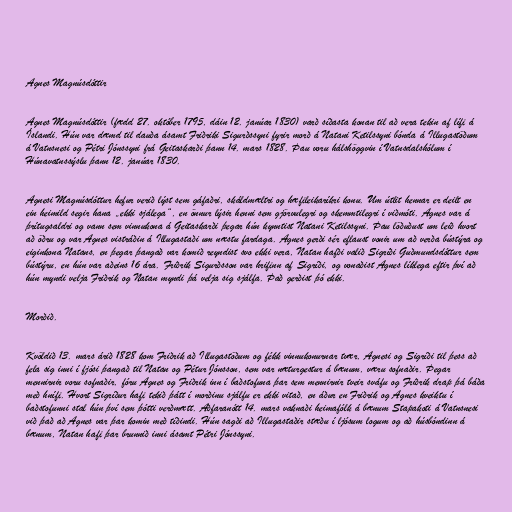
Agnes Magnúsdóttir

Agnes Magnúsdóttir (fædd 27. október 1795, dáin 12. janúar 1830) varð síðasta konan til að vera tekin af lífi á
Íslandi. Hún var dæmd til dauða ásamt Friðriki Sigurðssyni fyrir morð á Natani Ketilssyni bónda á Illugastöðum
á Vatnsnesi og Pétri Jónssyni frá Geitaskarði þann 14. mars 1828. Þau voru hálshöggvin í Vatnsdalshólum í
Húnavatnssýslu þann 12. janúar 1830.

Agnesi Magnúsdóttur hefur verið lýst sem gáfaðri, skáldmæltri og hæfileikaríkri konu. Um útlit hennar er deilt en
ein heimild segir hana „ekki sjálega“, en önnur lýsir henni sem gjörvulegri og skemmtilegri í viðmóti. Agnes var á
þrítugsaldri og vann sem vinnukona á Geitaskarði þegar hún kynntist Natani Ketilssyni. Þau löðuðust um leið hvort
að öðru og var Agnes vistráðin á Illugastaði um næstu fardaga. Agnes gerði sér eflaust vonir um að verða bústýra og
eiginkona Natans, en þegar þangað var komið reyndist svo ekki vera, Natan hafði valið Sigríði Guðmundsdóttur sem
bústýru, en hún var aðeins 16 ára. Friðrik Sigurðsson var hrifinn af Sigríði, og vonaðist Agnes líklega eftir því að
hún myndi velja Friðrik og Natan myndi þá velja sig sjálfa. Það gerðist þó ekki.

Morðið.

Kvöldið 13. mars árið 1828 kom Friðrik að Illugastöðum og fékk vinnukonurnar tvær, Agnesi og Sigríði til þess að
fela sig inni í fjósi þangað til Natan og Pétur Jónsson, sem var næturgestur á bænum, væru sofnaðir. Þegar
mennirnir voru sofnaðir, fóru Agnes og Friðrik inn í baðstofuna þar sem mennirnir tveir sváfu og Friðrik drap þá báða
með hnífi. Hvort Sigríður hafi tekið þátt í morðinu sjálfu er ekki vitað, en áður en Friðrik og Agnes kveiktu í
baðstofunni stal hún því sem þótti verðmætt. Aðfaranótt 14. mars vaknaði heimafólk á bænum Stapakoti á Vatnsnesi
við það að Agnes var þar komin með tíðindi. Hún sagði að Illugastaðir stæðu í ljósum logum og að húsbóndinn á
bænum, Natan hafi þar brunnið inni ásamt Pétri Jónssyni.